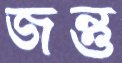
জন্তু